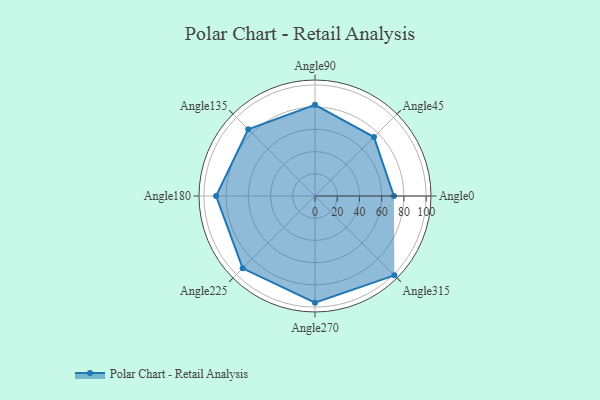
{"axis": {"x": "Angle", "y": "Radius"}, "legend": [""], "data": [{"x": "Angle0", "y": 71.0, "type": ""}, {"x": "Angle45", "y": 75.0, "type": ""}, {"x": "Angle90", "y": 82.0, "type": ""}, {"x": "Angle135", "y": 85.0, "type": ""}, {"x": "Angle180", "y": 89.0, "type": ""}, {"x": "Angle225", "y": 92.0, "type": ""}, {"x": "Angle270", "y": 96.0, "type": ""}, {"x": "Angle315", "y": 101.0, "type": ""}]}